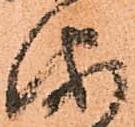
海